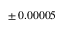
\pm { \: 0 . 0 0 0 0 5 }